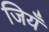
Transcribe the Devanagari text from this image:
जियँ